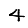
Digit: 4